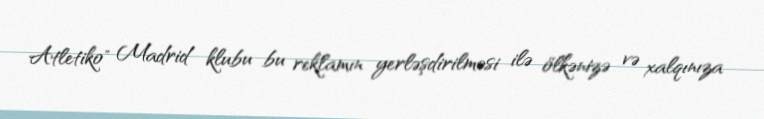
Atletiko" Madrid klubu bu reklamın yerləşdirilməsi ilə ölkənizə və xalqınıza